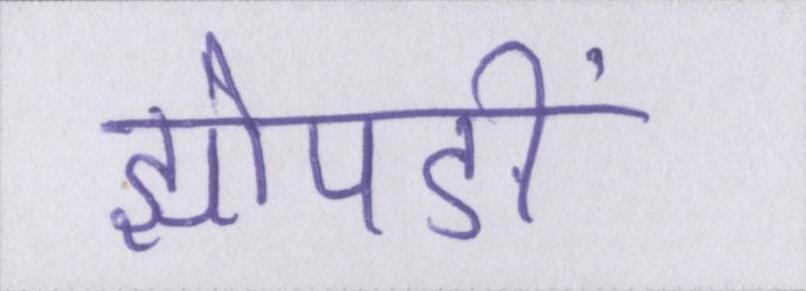
झोपङीं